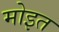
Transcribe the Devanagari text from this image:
मोइत